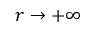
r \to + \infty